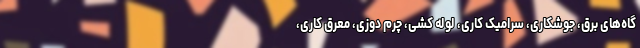
گاه‌های برق، جوشکاری، سرامیک کاری، لوله کشی، چرم دوزی، معرق کاری،